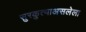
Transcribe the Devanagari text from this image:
सुरकुत्याअसलेला